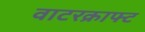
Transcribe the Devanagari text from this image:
वाटरक्राफ्ट